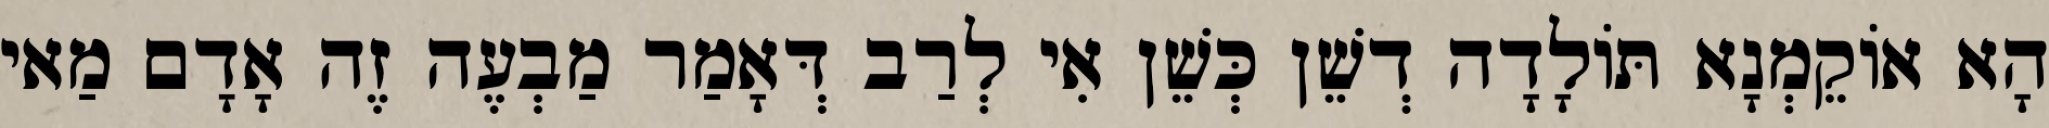
הָא אוֹקֵמְנָא תּוֹלָדָה דְשֵׁן כְּשֵׁן אִי לְרַב דְּאָמַר מַבְעֶה זֶה אָדָם מַאי